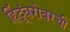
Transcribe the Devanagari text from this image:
हिंदूंबरोबरची